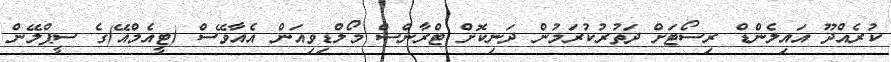
ކުރެއްދޫ އައިލެންޑް ރިސޯޓަށް ދަތުރުކުރަމުން ދަނިކޮށް ޓްރާންސް މޯލްޑިވިއަން އެއާވޭސް (ޓީއެމްއޭ)ގެ ސީޕްލޭން